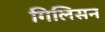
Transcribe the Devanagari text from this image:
गिलिसन